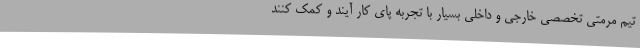
تیم مرمتی تخصصی خارجی و داخلی بسیار با تجربه پای کار آیند و کمک کنند